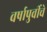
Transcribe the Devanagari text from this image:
वर्षापुर्वीचे